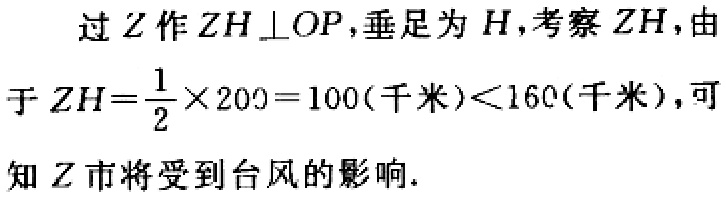
过\(Z\)作\(ZH\perp OP\)，垂足为\(H\)，考察\(ZH\)，由于\(ZH = \frac{1}{2}\times200 = 100(\text{千米})<160(\text{千米})\)，可知\(Z\)市将受到台风的影响.